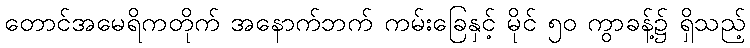
တောင်အမေရိကတိုက် အနောက်ဘက် ကမ်းခြေနှင့် မိုင် ၅၀ ကွာခန့်၌ ရှိသည့်